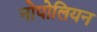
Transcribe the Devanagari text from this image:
नोपोलियन